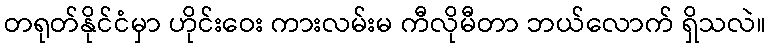
တရုတ်နိုင်ငံမှာ ဟိုင်းဝေး ကားလမ်းမ ကီလိုမီတာ ဘယ်လောက် ရှိသလဲ။